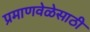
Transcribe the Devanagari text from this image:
प्रमाणवेळेसाठी